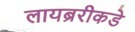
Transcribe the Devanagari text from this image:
लायब्ररीकडे